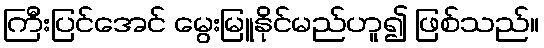
ကြီးပြင်အေင် မွေးမြူနိုင်မည်ဟူ၍ ဖြစ်သည်။